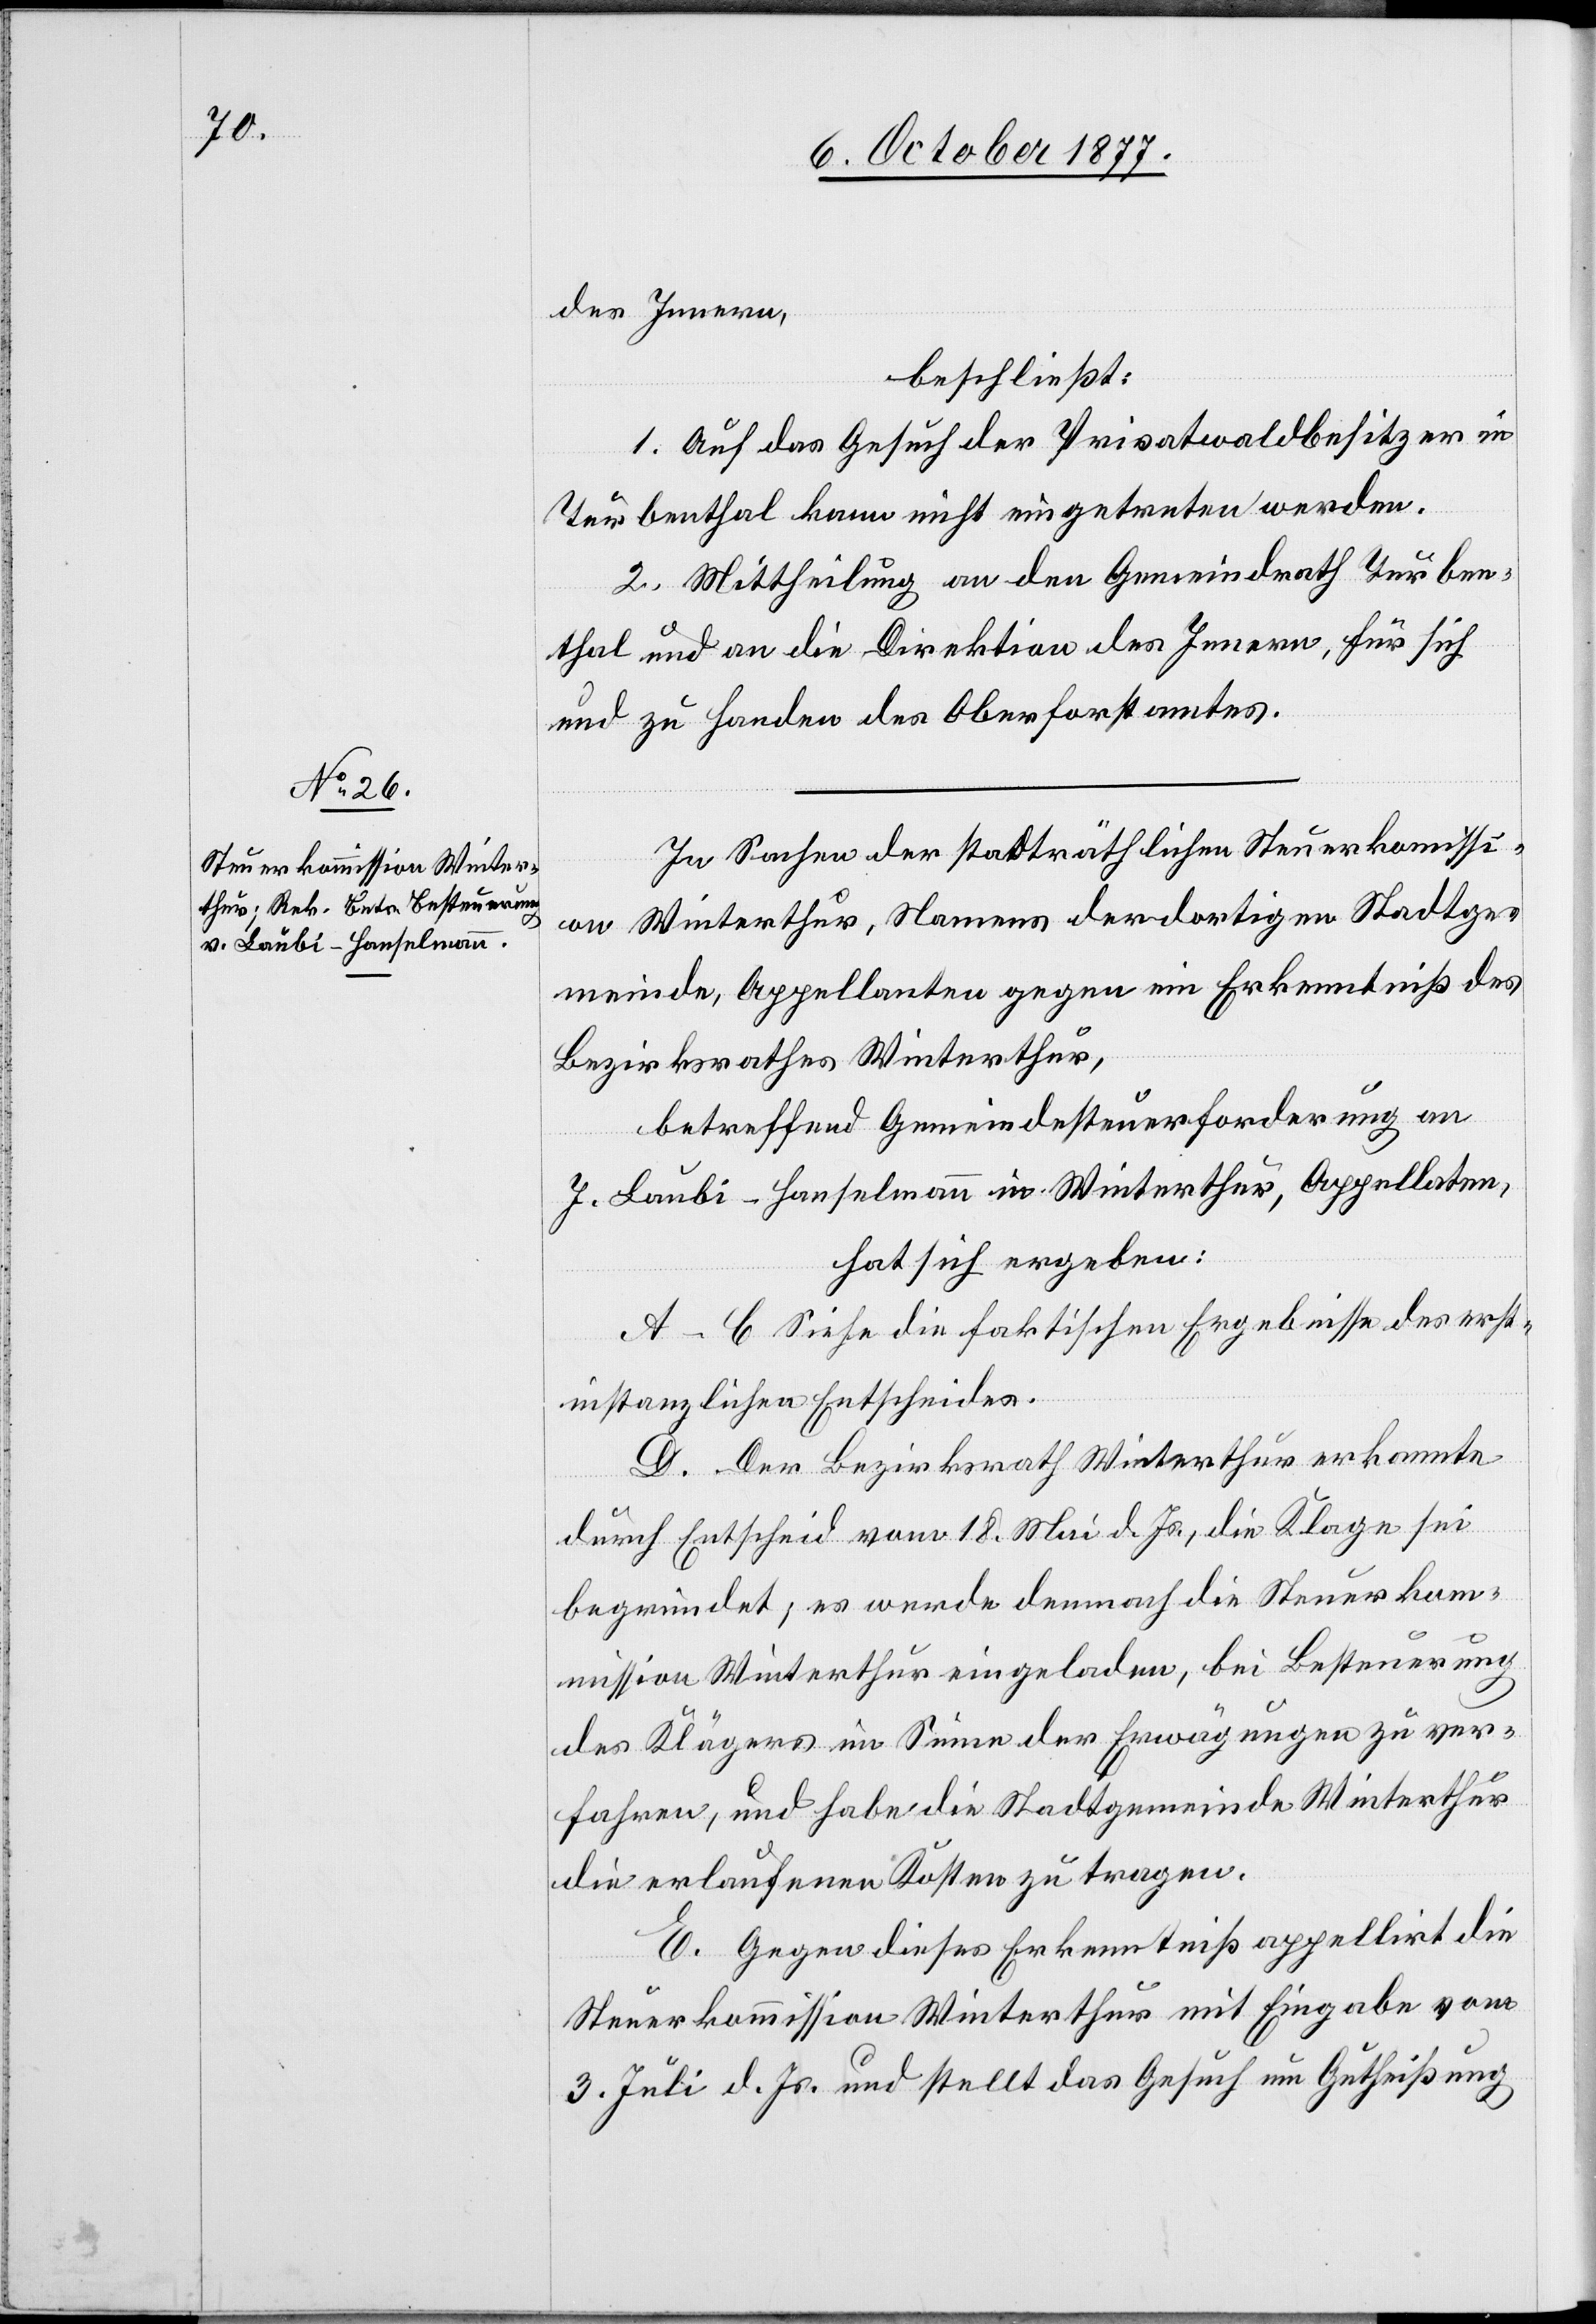
des Innern,
beschließt:
1. Auf das Gesuch der Privatwaldbesitzer in
Turbenthal kann nicht eingetreten werden.
2. Mittheilung an den Gemeindrath Turben¬
thal und an die Direktion des Innern, für sich
und zu Handen des Oberforstamtes.
In Sachen der stadträthlichen Steuerkommissi¬
on Winterthur, Namens der dortigen Stadtge¬
meinde, Appellanten gegen ein Erkenntniß des
Bezirksrathes Winterthur,
betreffend Gemeindesteuerforderung an
J. Laubi-Hanselmann in Winterthur, Appellaten,
hat sich ergeben:
A–C Siehe die faktischen Ergebnisse des erst¬
instanzlichen Entscheides.
D. Der Bezirksrath Winterthur erkannte
durch Entscheid vom 18. Mai d. Js., die Klage sei
begründet; es werde demnach die Steuerko¬
mmission Winterthur eingeladen, bei Besteuerung
des Klägers im Sinne der Erwägungen zu ver¬
fahren, und habe die Stadtgemeinde Winterthur
die erlaufenen Kosten zu tragen.
E. Gegen dieses Erkenntniß appellirt die
Steuerkommission Winterthur mit Eingabe vom
3. Juli d. Js. und stellt das Gesuch um Gutheißung